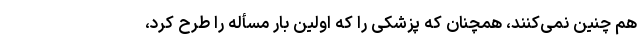
هم چنین نمی‌کنند، همچنان که پزشکی را که اولین بار مسأله را طرح کرد،